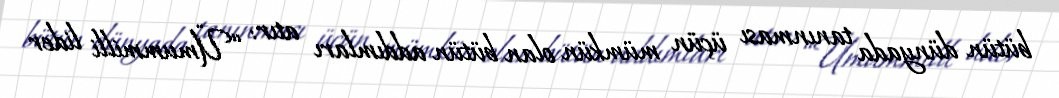
bütün dünyada tanınması üçün mümkün olan bütün addımları atır: “Ümummilli lider